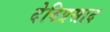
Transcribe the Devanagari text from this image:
देविप्रसाद